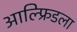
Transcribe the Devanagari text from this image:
आल्फ्रिडला